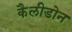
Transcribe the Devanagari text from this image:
कैलीडोन